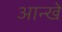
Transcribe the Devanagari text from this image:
आन्खे